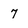
Character: 7